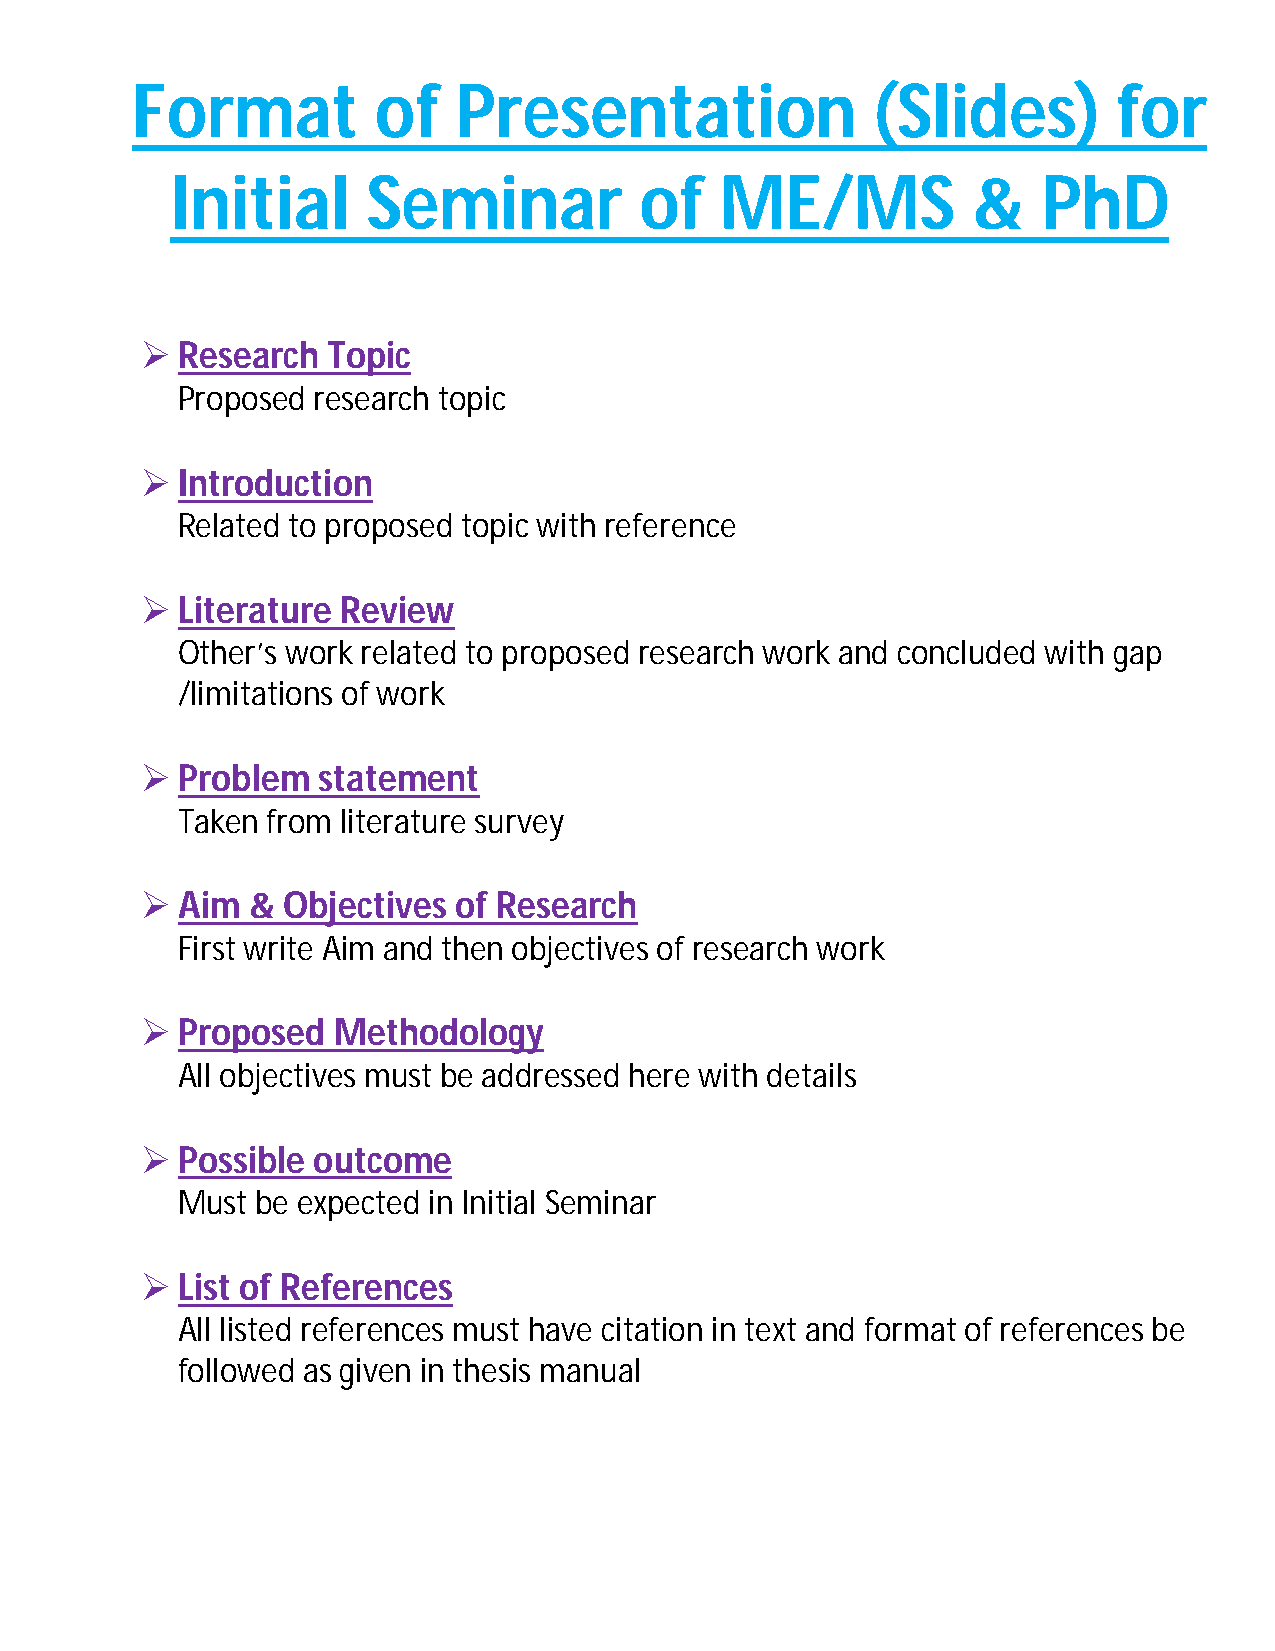
Format          of   Presentation                (Slides)        for
 Initial      Seminar           of    ME/MS           &    PhD
   Research  Topic
 Proposed research topic
   Introduction
 Related to proposed topic with reference
   Literature Review
 Other’s work related to proposed research work and concluded with gap
 /limitations of work
   Problem  statement
 Taken from literature survey
   Aim &  Objectives of Research
 First write Aim and then objectives of research work
   Proposed  Methodology
 All objectives must be addressed here with details
   Possible outcome
 Must be expected in Initial Seminar
   List of References
 All listed references must have citation in text and format of references be
 followed as given in thesis manual